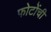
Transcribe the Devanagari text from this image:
फोटोंची